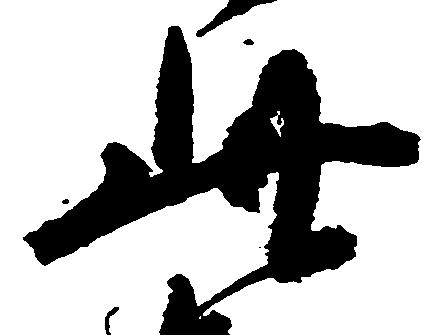
此